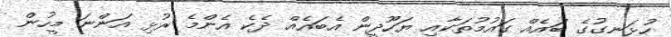
ހުޅަނގުގެ ބައެއް ގައުމުތަކާއި ޔަހޫދީން އެބައެއް ދެކެ އެންމެ ރުޅި އަންނަ މީހުން